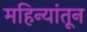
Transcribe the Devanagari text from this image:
महिन्‍यांतून